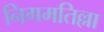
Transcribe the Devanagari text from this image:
निगमतिल्ला